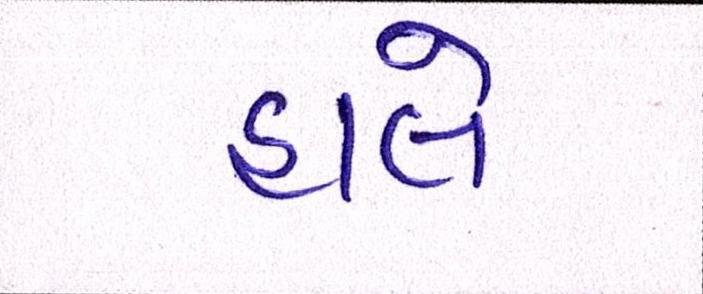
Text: હાલે